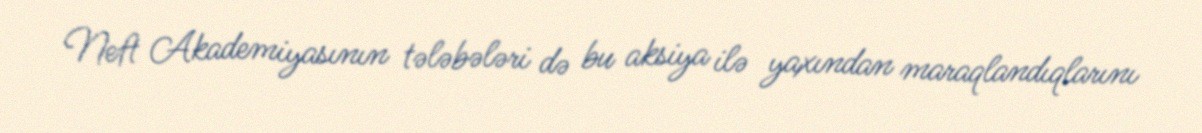
Neft Akademiyasının tələbələri də bu aksiya ilə yaxından maraqlandıqlarını